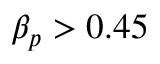
\beta _ { p } > 0 . 4 5